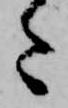
た